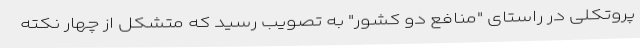
پروتکلی در راستای "منافع دو کشور" به تصویب رسید که متشکل از چهار نکته